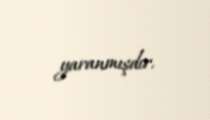
yaranmışdır.